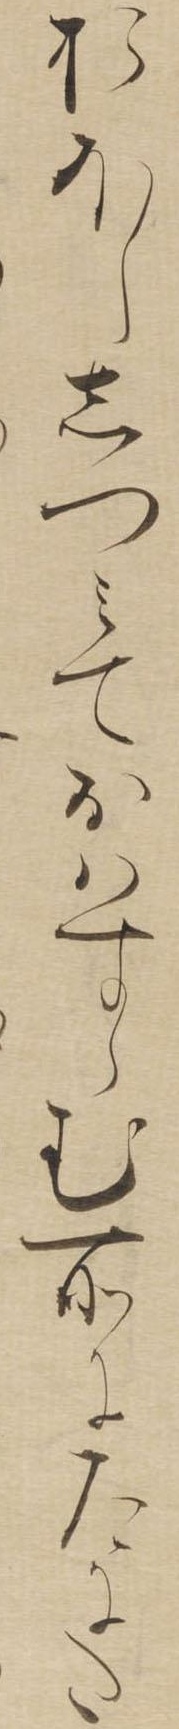
おほししつみておはすらむ所にたにた